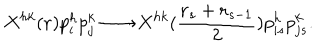
X ^ { h k } ( { \bf r } ) p _ { i } ^ { h } p _ { j } ^ { k } \longrightarrow X ^ { h k } ( { \frac { { \bf r } _ { s } + { \bf r } _ { s - 1 } } { 2 } } ) p _ { i s } ^ { h } p _ { j s } ^ { k } .